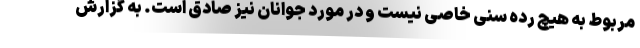
مربوط به هیچ رده سنی خاصی نیست و در مورد جوانان نیز صادق است. به گزارش